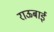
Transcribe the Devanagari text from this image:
राऊबाई